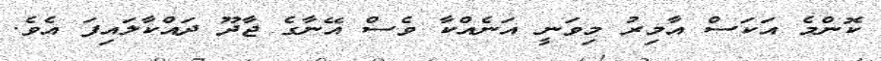
ކޮންމެ އަކަސް އާމިރު މިވަނީ އަނެއްކާ ވެސް އޭނާގެ ޖާދޫ ދައްކާލައިފަ އެވެ.